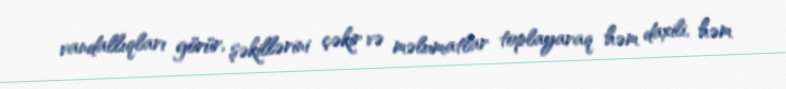
vandallıqları görür, şəkillərini çəkir və məlumatlar toplayaraq həm daxili, həm